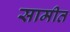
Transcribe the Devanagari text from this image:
सामीत